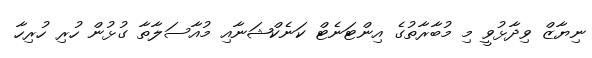
ނިޔާޒް ވިދާޅުވީ މި މުބާރާތުގެ އިންޓަނެޓް ކަނެކްޝަނާއި މުއާސަލާތާ ގުޅުން ހުރި ހުރިހާ